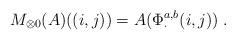
LaTeX: \begin{align*}M_{\otimes0}(A)((i,j))=A(\Phi_\cdot^{a,b}(i,j))\;.\end{align*}